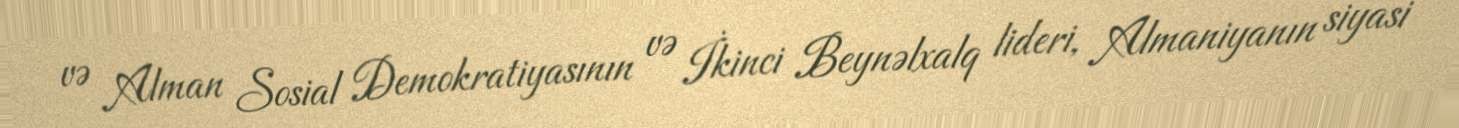
və Alman Sosial Demokratiyasının və İkinci Beynəlxalq lideri, Almaniyanın siyasi